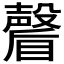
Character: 𭿩